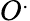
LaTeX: O^{.}